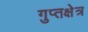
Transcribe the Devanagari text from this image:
गुप्तक्षेत्र